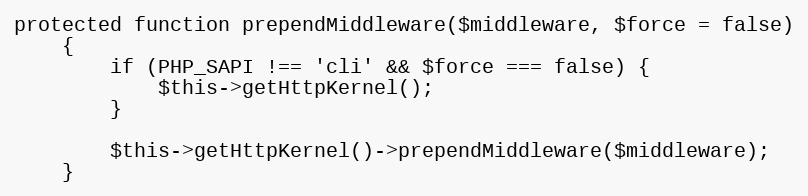
Language: PHP
protected function prependMiddleware($middleware, $force = false)
    {
        if (PHP_SAPI !== 'cli' && $force === false) {
            $this->getHttpKernel();
        }

        $this->getHttpKernel()->prependMiddleware($middleware);
    }